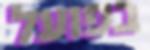
בפועל